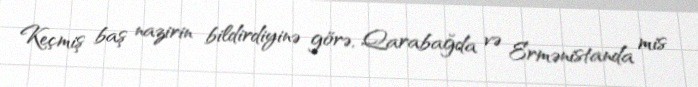
Keçmiş baş nazirin bildirdiyinə görə, Qarabağda və Ermənistanda mis